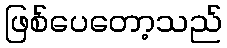
ဖြစ်ပေတော့သည်